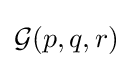
{\mathcal {G}}(p,q,r)